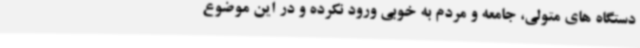
دستگاه های متولی، جامعه و مردم به خوبی ورود نکرده و در این موضوع